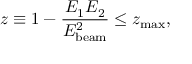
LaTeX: z \equiv 1 - { \frac { E _ { \mathrm { 1 } } E _ { \mathrm { 2 } } } { E _ { \mathrm { b e a m } } ^ { 2 } } } \leq z _ { \mathrm { m a x } } ,